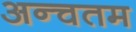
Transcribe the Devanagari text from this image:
अन्चतम